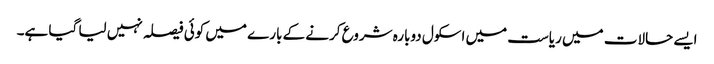
ایسے حالات میں ریاست میں اسکول دوبارہ شروع کرنے کے بارے میں کوئی فیصلہ نہیں لیا گیا ہے۔